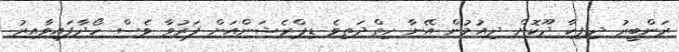
ރަންބީރު ދިޕިކާ ދޫކޮށް ދިއުމުން އޭނާ ހިތްދަތިވެ ޑިޕްރެޝަންއަށް ފަރުވާ ވެސް ހޯދާފައިވާއިރު